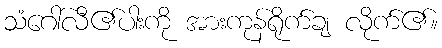
သံဂေါ်လီ၏ပါးကို အားကုန်ရိုက်ချ လိုက်၏။